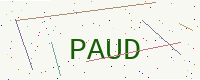
Text: PAUD